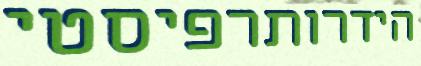
הידרותרפיסטי